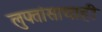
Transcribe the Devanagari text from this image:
लुफ्तांसाचाही